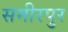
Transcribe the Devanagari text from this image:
समीरपुर